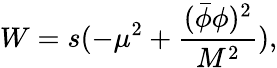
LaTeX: W=s(-\mu^{2}+\frac{(\bar{\phi}\phi)^{2}}{M^{2}}),